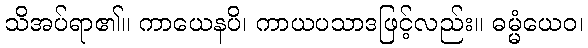
သိအပ်ရာ၏။ ကာယေနပိ၊ ကာယပသာဒဖြင့်လည်း။ ဓမ္မံယေဝ၊